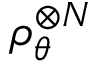
\rho _ { \boldsymbol { \theta } } ^ { \otimes { N } }